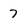
Character: 7